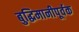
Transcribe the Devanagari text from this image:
बुद्धिमानीपूर्वक